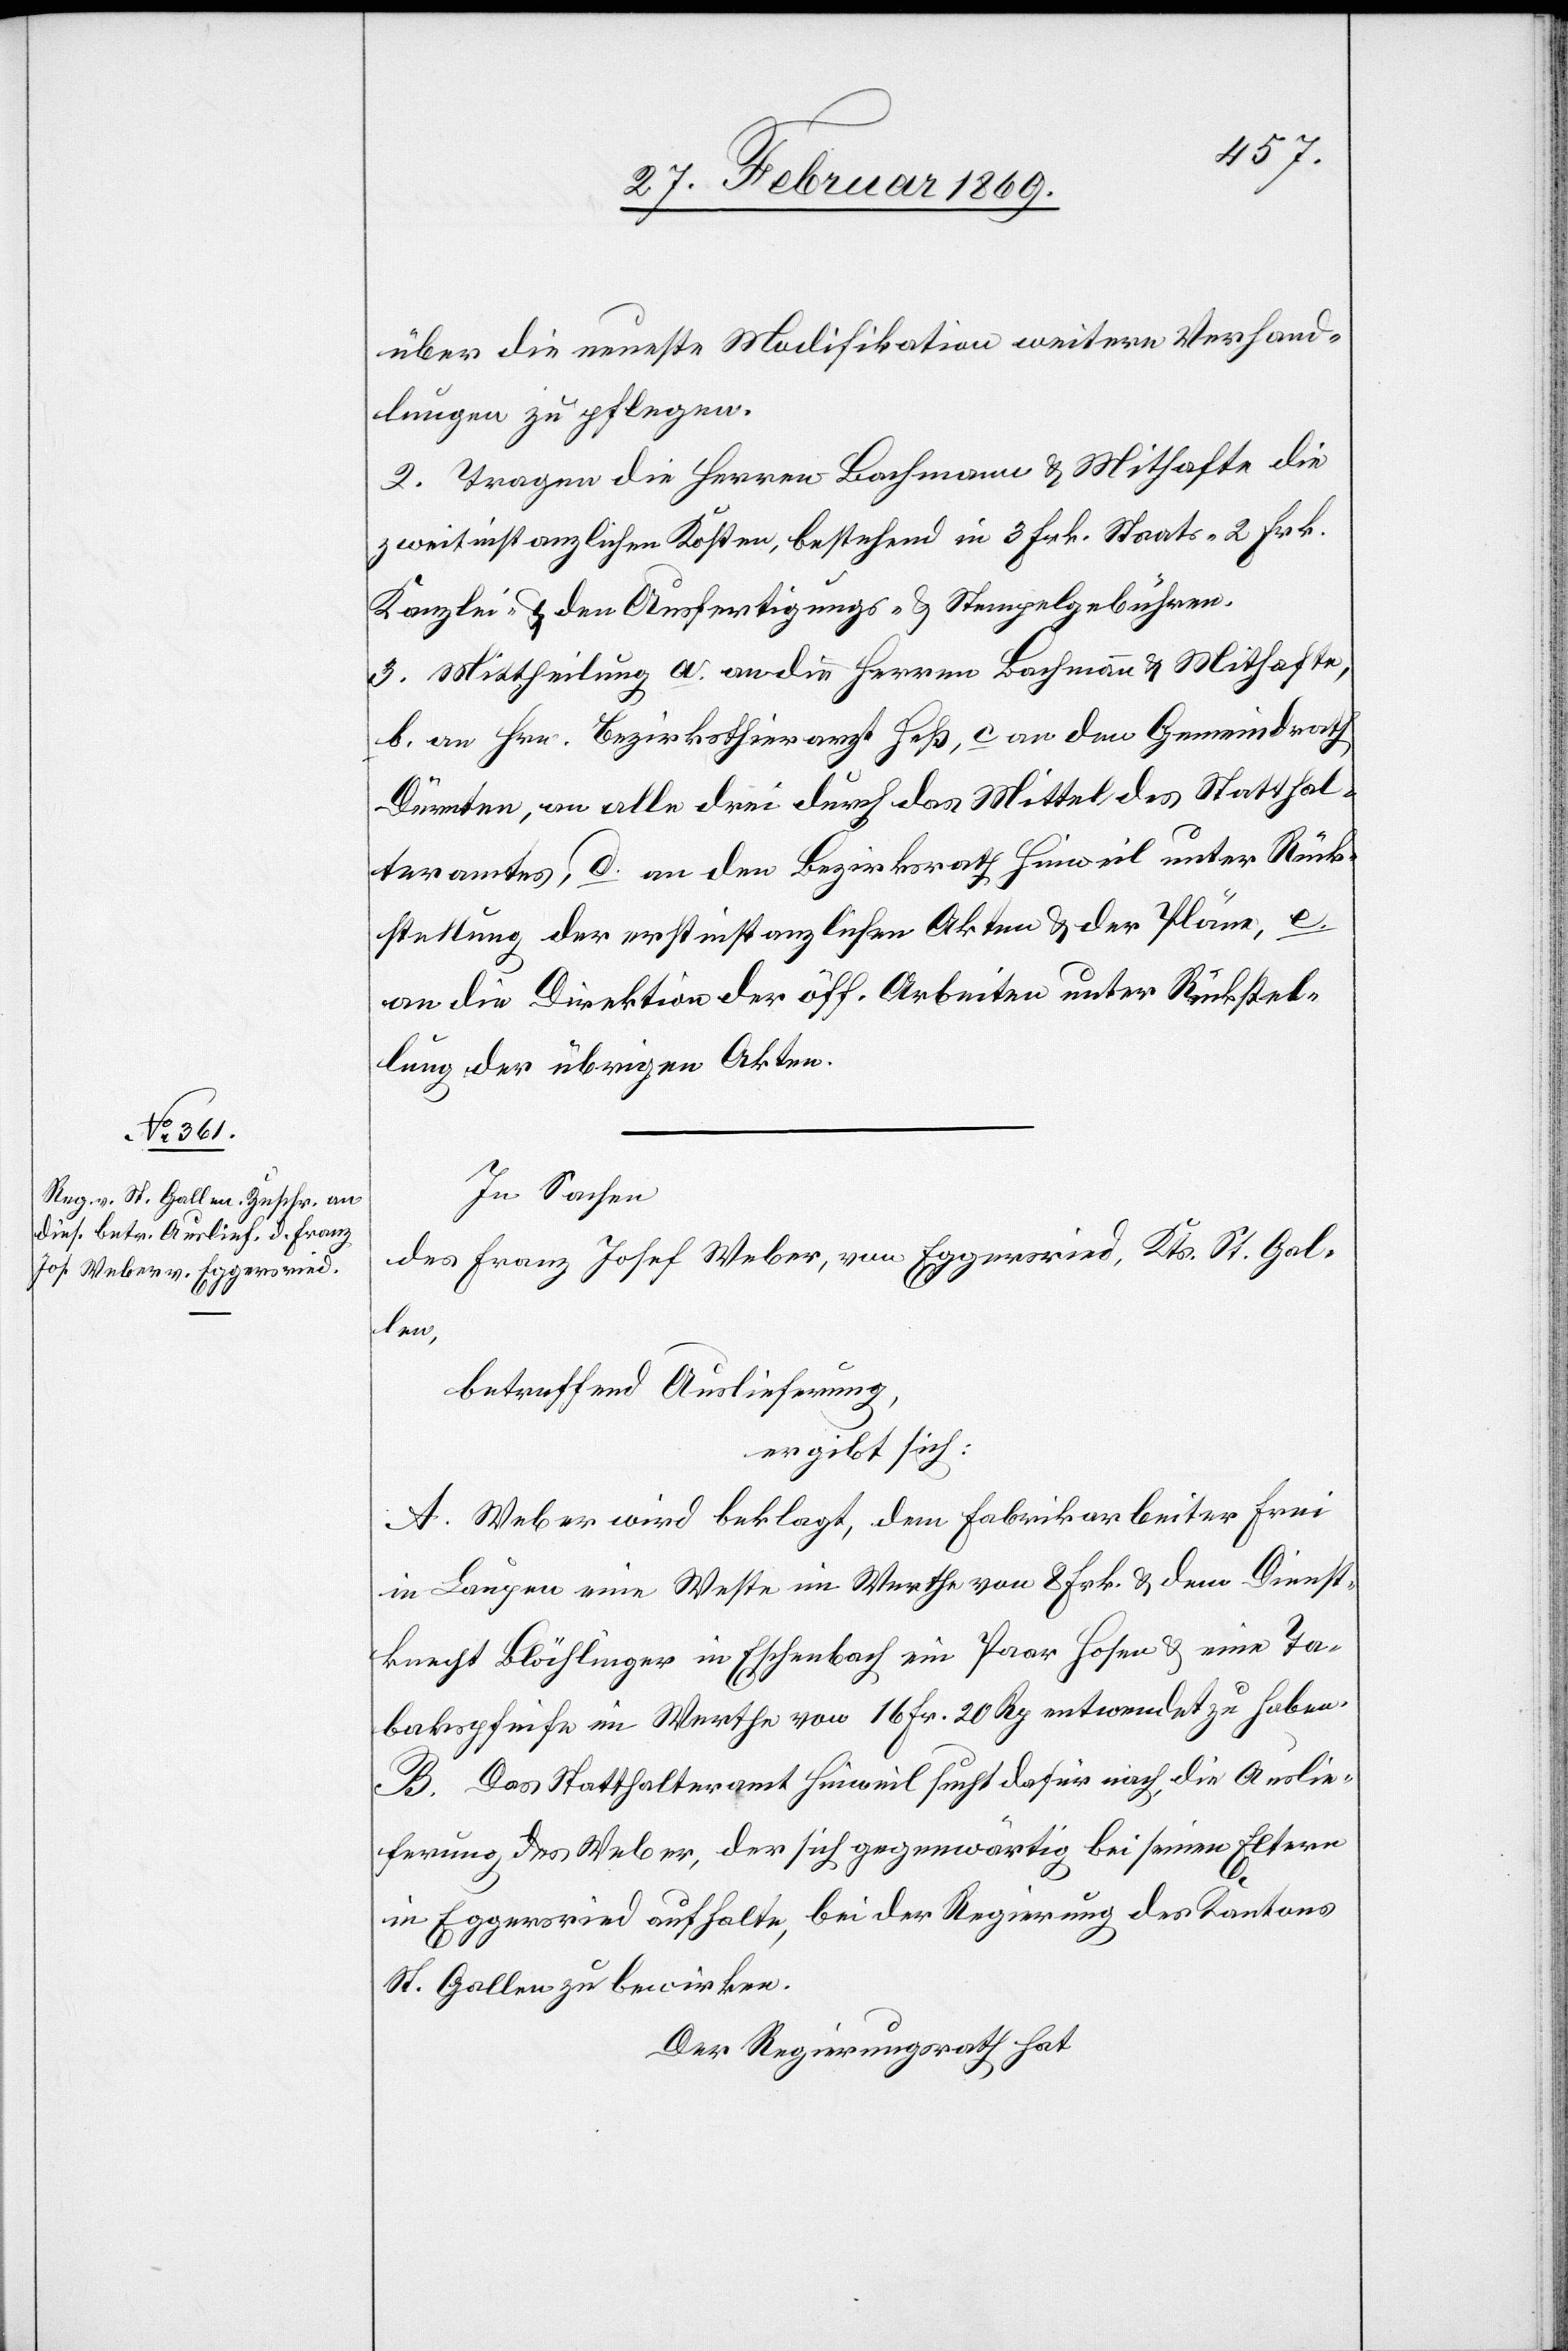
über die neueste Modifikation weitere Verhand¬
lungen zu pflegen.
2. Tragen die Herren Bachmann & Mithafte die
zweitinstanzlichen Kosten, bestehend in 3 Frk. Staats- 2 Frk.
Kanzlei- u. den Ausfertigungs- & Stempelgebühren.
3. Mittheilung a. an die Herren Bachmann & Mithafte,
b. an Hrn. Bezirksthierarzt Heß, c. an den Gemeindrath
Dürnten, an alle drei durch das Mittel des Statthal¬
teramtes, d. an den Bezirksrath Hinweil unter Rück¬
stellung der erstinstanzlichen Akten & der Pläne, e.
an die Direktion der öff. Arbeiten unter Rückstel¬
lung der übrigen Akten.
In Sachen
des Franz Josef Weber, von Eggersried, Kts. St. Gal¬
len,
betreffend Auslieferung,
ergibt sich:
A. Weber wird beklagt, dem Fabrikarbeiter Frei
in Laupen eine Weste im Werthe von 8 Frk. u. dem Dienst¬
knecht Blöchlinger in Eschenbach ein Paar Hosen u. eine Ta¬
bakpfeife im Werthe von 16 Fr. 20 Rp. entwendet zu haben.
B. Das Statthalteramt Hinweil sucht dafür nach, die Auslie¬
ferung des Weber, der sich gegenwärtig bei seinen Eltern
in Eggersried aufhalte, bei der Regierung des Kantons
St. Gallen zu bewirken.
Der Regierungsrath hat